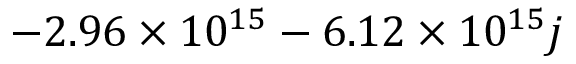
- 2 . 9 6 \times 1 0 ^ { 1 5 } - 6 . 1 2 \times 1 0 ^ { 1 5 } j